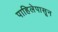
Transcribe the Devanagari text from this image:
पाहिलेपासून